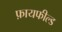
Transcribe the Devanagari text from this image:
फ़ायफील्ड